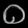
Digit: ၀